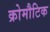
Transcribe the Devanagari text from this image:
क्रोमौटिक